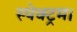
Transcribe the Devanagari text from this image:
स्पेक्ट्रम।